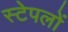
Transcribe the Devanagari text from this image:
स्टेपलों